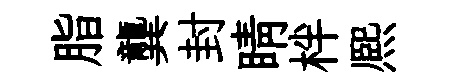
脂龔封睛柈熈